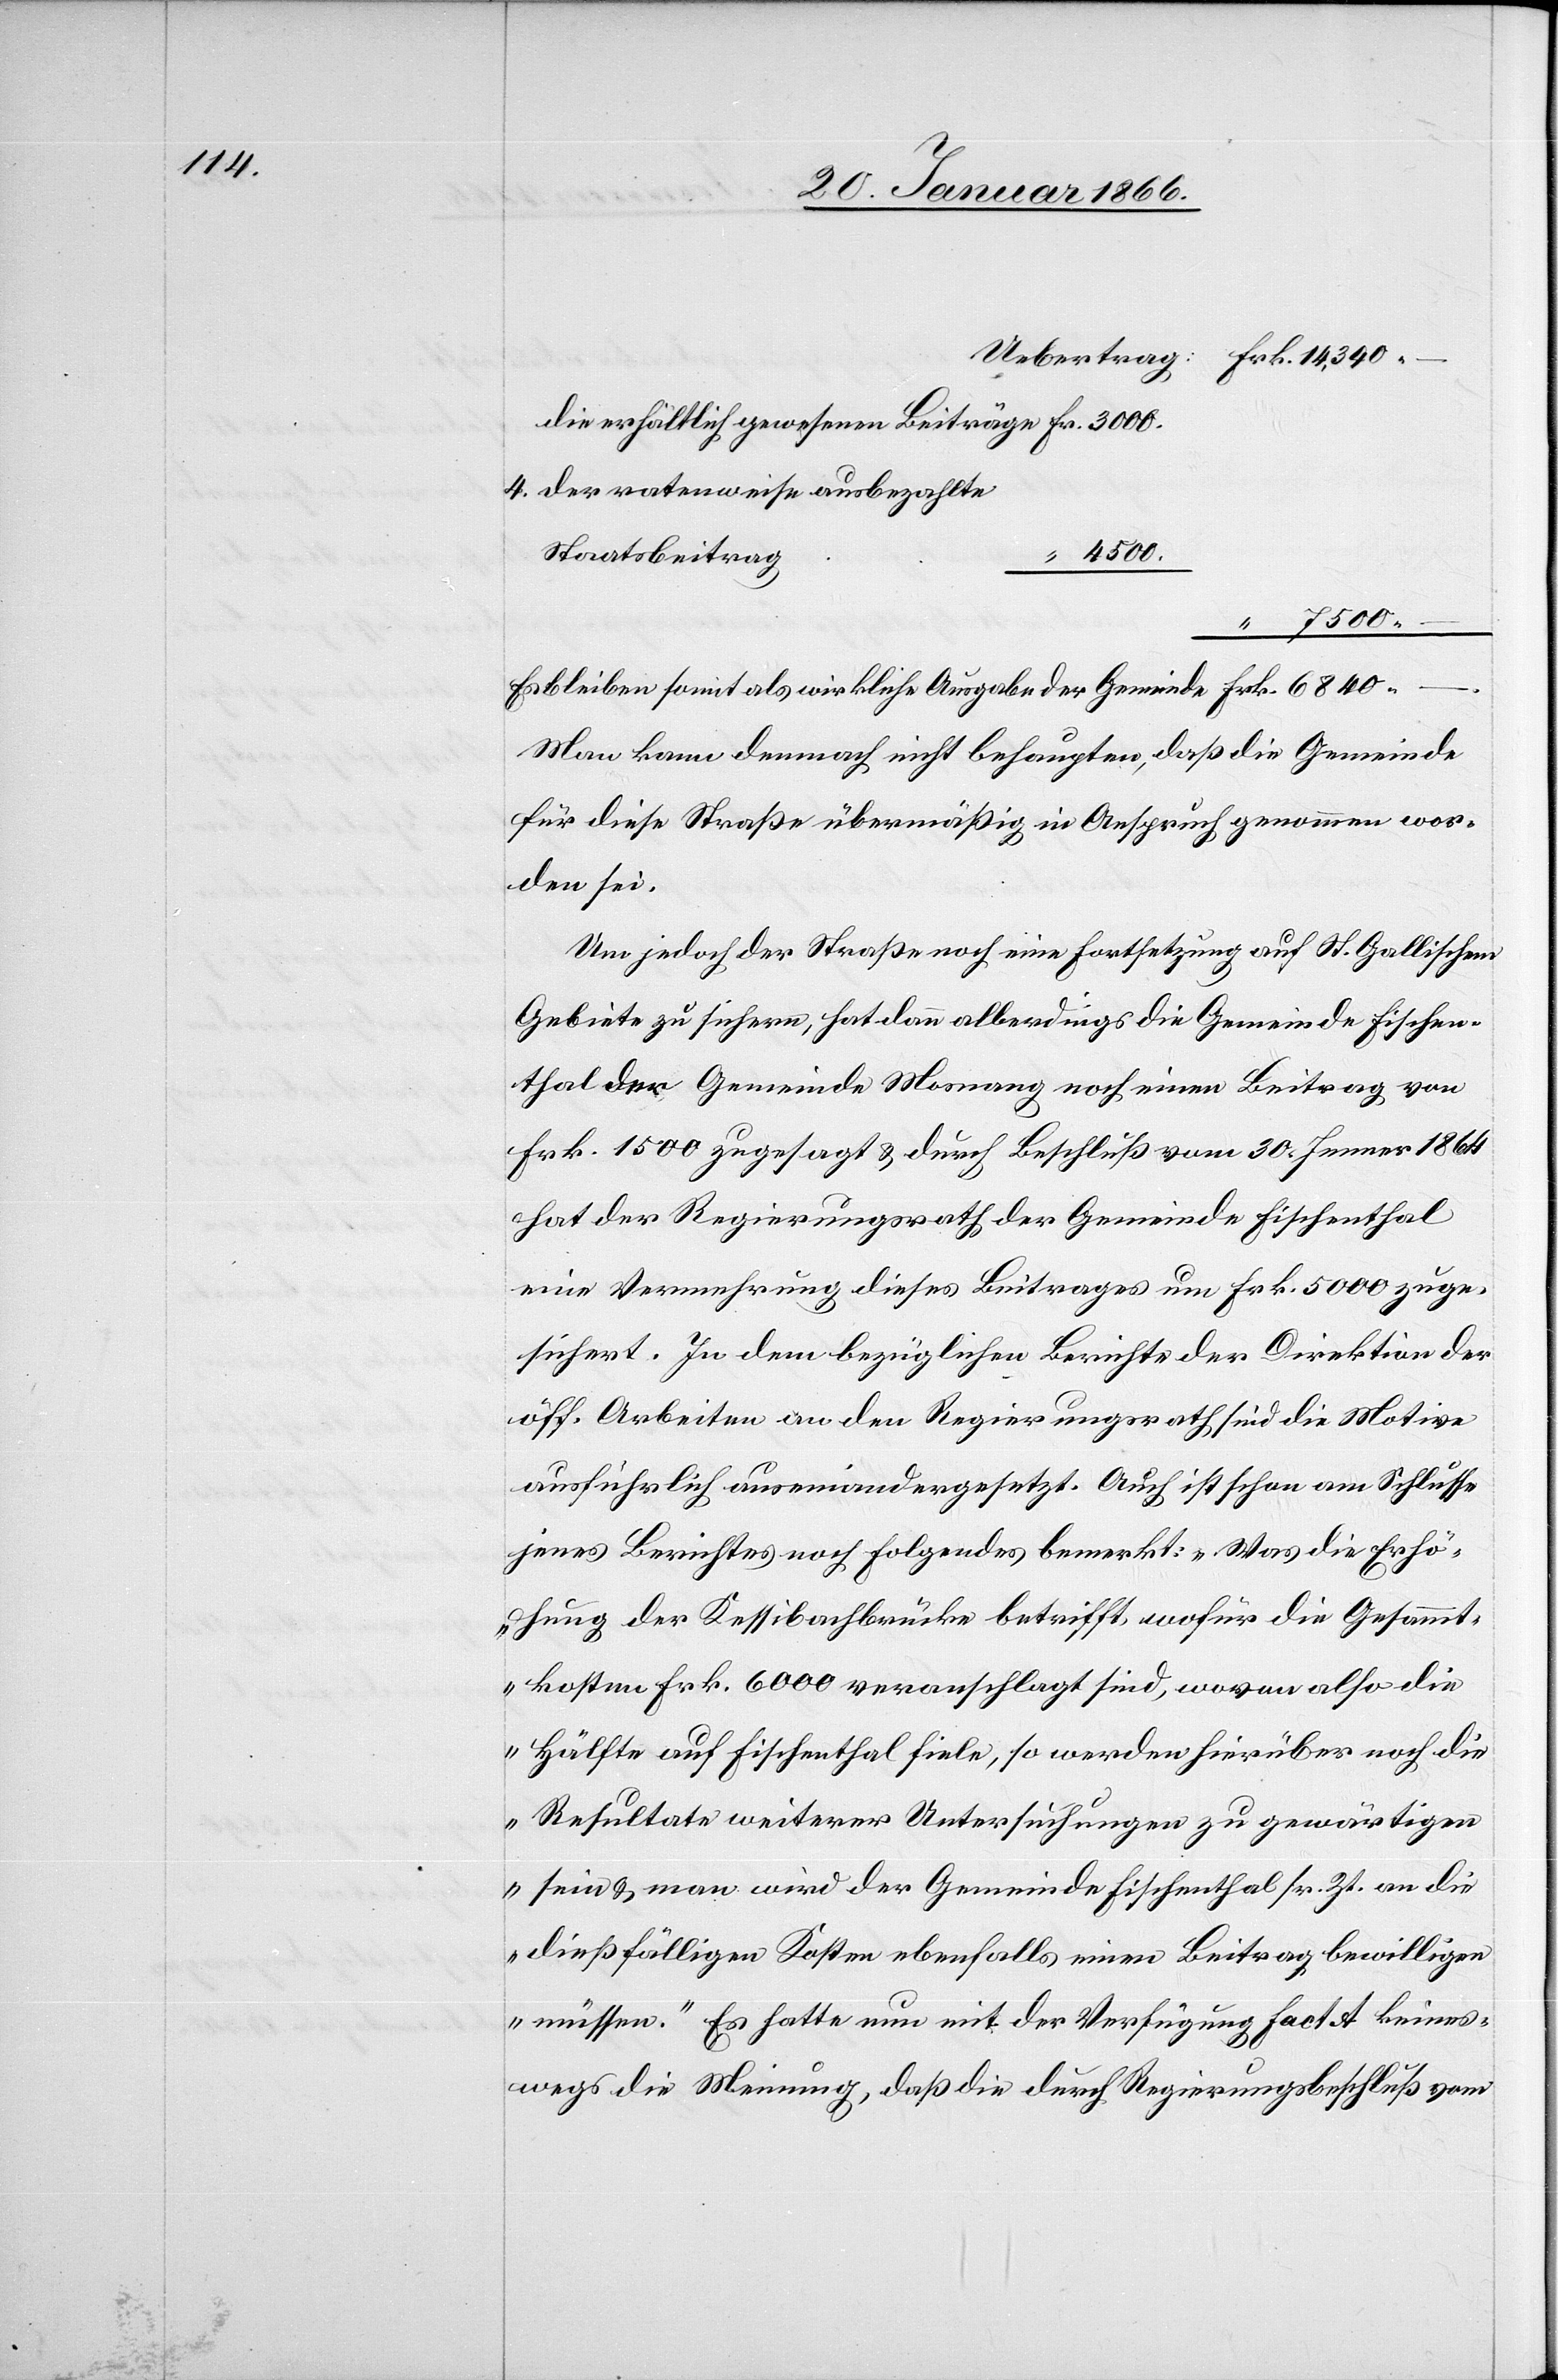
Uebertrag: Frk. 14,340.–
die erhältlich gewesenen Beiträge 	Fr. 3000.
4. der ratenweise ausbezahlte
Staatsbeitrag
4500.
“	 7500.–
Es bleiben somit als wirkliche Ausgabe der Gemeinde Frk. 6800.–.
Man kann demnach nicht behaupten, daß die Gemeinde
für diese Straße übermäßig in Anspruch genommen wor¬
den sei.
Gebiete zu sichern, hat dann allerdings die Gemeinde Fischen¬
thal der Gemeinde Mosnang noch einen Beitrag von
Fr. 1500 zugesagt u. durch Beschluß vom 30. Jenner 1864
hat der Regierungsrath der Gemeinde Fischenthal
eine Vermehrung dieses Beitrages um Frk. 5000 zuge¬
sichert. In dem bezüglichen Berichte der Direktion der
öff. Arbeiten an den Regierungsrath sind die Motive
ausführlich auseinandergesetzt. Auch ist schon am Schlusse
jenes Berichtes noch folgendes bemerkt: „Was die Erhö¬
hung der Kessibachbrücke betrifft, wofür die Gesammt¬
kosten Frk. 6000 veranschlagt sind, wovon also die
Hälfte auf Fischenthal fiele, so werden hierüber noch die
Resultate weiterer Untersuchungen zu gewärtigen
sein u. man wird der Gemeinde Fischenthal sr. Zt. an die
dießfälligen Kosten ebenfalls einen Beitrag bewilligen
müssen.“ Es hatte nun mit der Verfügung Fact A keines¬
wegs die Meinung, daß die durch Regierungsbeschluß vom